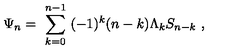
\Psi _ { n } = \ \sum _ { k = 0 } ^ { n - 1 } \ ( - 1 ) ^ { k } ( n - k ) \Lambda _ { k } S _ { n - k } \ ,